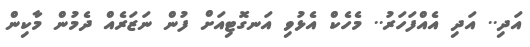
އަދި.. އަދި އެއްފަހަރު.. މެހެކް އެޅުވި އަނގޮޓިއަށް ފުން ނަޒަރެއް ދެމުން މާކިން